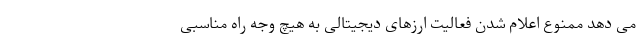
می دهد ممنوع اعلام شدن فعالیت ارزهای دیجیتالی به هیچ وجه راه مناسبی